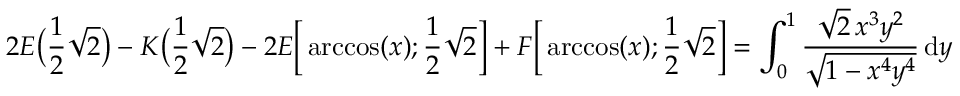
2 E { \bigl ( } { \frac { 1 } { 2 } } { \sqrt { 2 } } { \bigr ) } - K { \bigl ( } { \frac { 1 } { 2 } } { \sqrt { 2 } } { \bigr ) } - 2 E { \biggl [ } \operatorname { a r c c o s } ( x ) ; { \frac { 1 } { 2 } } { \sqrt { 2 } } { \biggr ] } + F { \biggl [ } \operatorname { a r c c o s } ( x ) ; { \frac { 1 } { 2 } } { \sqrt { 2 } } { \biggr ] } = \int _ { 0 } ^ { 1 } { \frac { { \sqrt { 2 } } \, x ^ { 3 } y ^ { 2 } } { \sqrt { 1 - x ^ { 4 } y ^ { 4 } } } } \, \mathrm { d } y